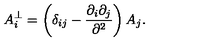
A _ { i } ^ { \bot } = \left( \delta _ { i j } - \frac { \partial _ { i } \partial _ { j } } { \partial ^ { 2 } } \right) A _ { j } .